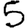
Digit: 5